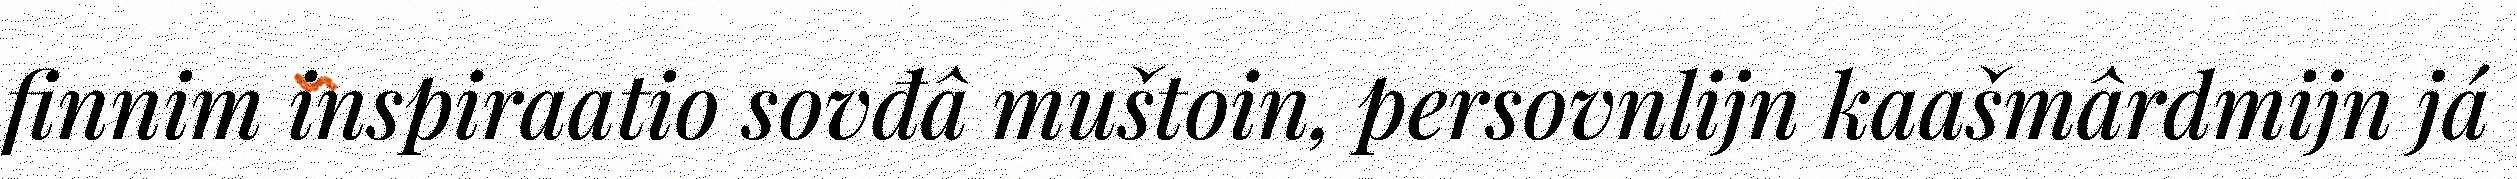
finnim inspiraatio sovđâ muštoin, persovnlijn kaašmârdmijn já